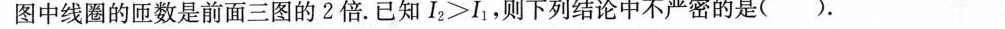
图中线圈的匝数是前面三图的2倍。已知I_{2}≥I_{1}，则下列结论中不严密的是( )。